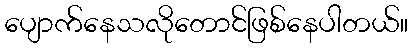
ပျောက်နေသလိုတောင်ဖြစ်နေပါတယ်။